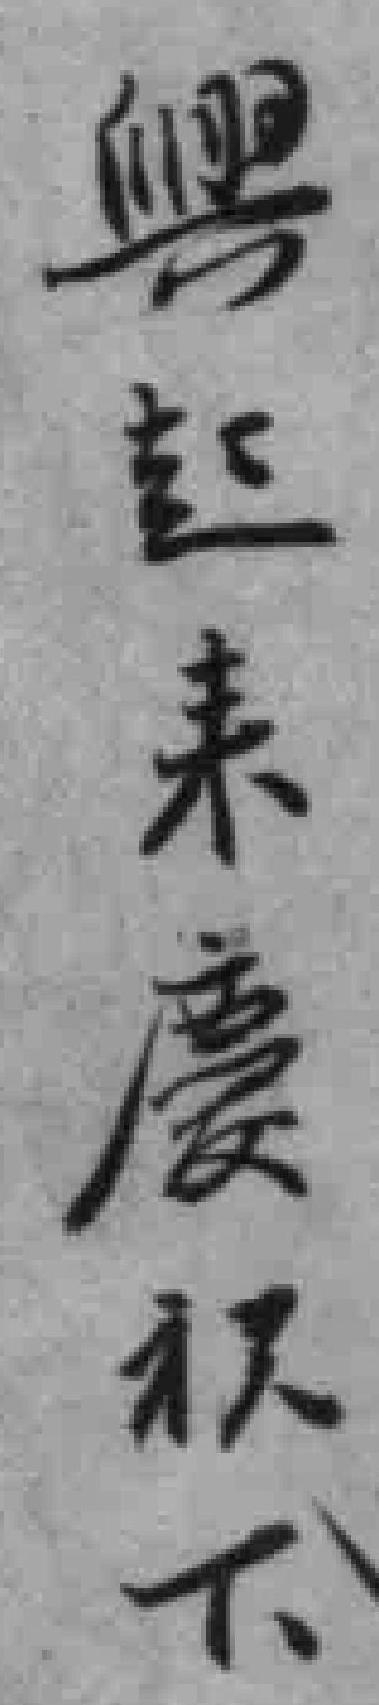
興起来慶祝下